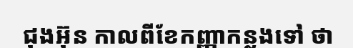
ជុងអ៊ុន កាលពីខែកញ្ញាកន្លងទៅ ថា